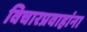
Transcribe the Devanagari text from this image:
विचारप्रवाहांना